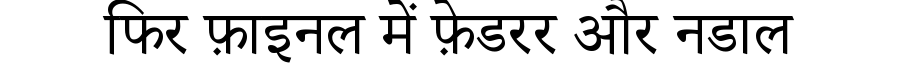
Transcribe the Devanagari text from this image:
फिर फ़ाइनल में फ़ेडरर और नडाल